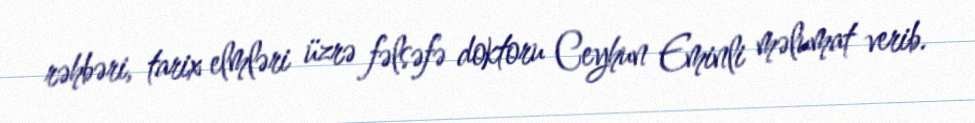
rəhbəri, tarix elmləri üzrə fəlsəfə doktoru Ceyhun Eminli məlumat verib.